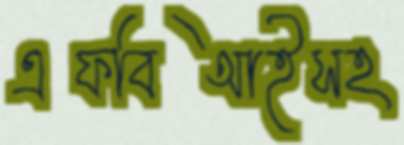
এফবিআইসহ